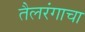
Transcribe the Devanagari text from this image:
तैलरंगाचा